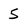
Character: 5